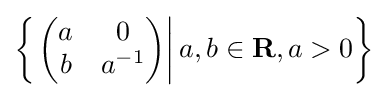
\left\{\left.{\begin{pmatrix}a&0\\b&a^{-1}\end{pmatrix}}\right|a,b\in \mathbf {R} ,a>0\right\}